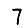
Digit: 7